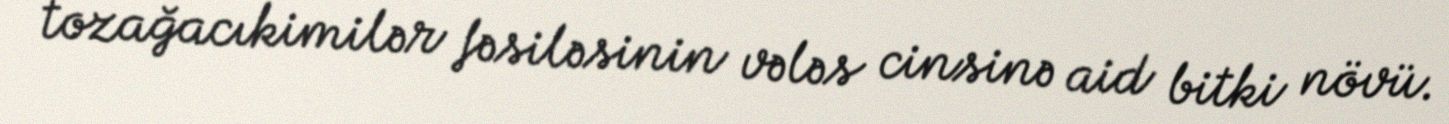
tozağacıkimilər fəsiləsinin vələs cinsinə aid bitki növü.